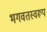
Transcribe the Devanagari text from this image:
भगवतस्वरूप